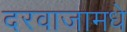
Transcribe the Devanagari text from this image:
दरवाजामधे